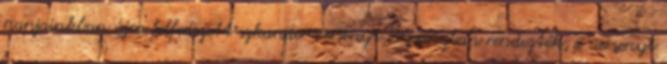
napjainkban újra felfedezett szkander versenyt Pozsonyban rendezték; a versenyt